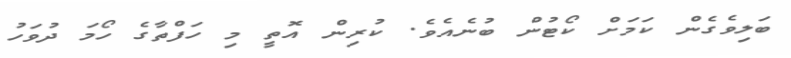
ބަލިވެގެން ކަމަށް ކޯޓުން ބުނެއެވެ. ކުރިން އޮތީ މި ހަފްތާގެ ހޯމަ ދުވަހު